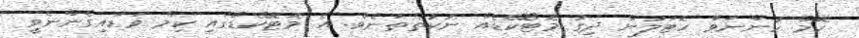
ކޮމް ހުންނަވާ ހޮޓަލުން ދިގު މޮޓޯކޭޑެއް ނުކުތްތަނެވެ. އެ މޮޓޮކޭޑްގައި ކިމް ވަޑައިގެންނެވީ